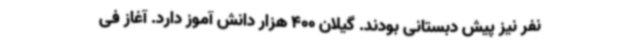
نفر نیز پیش دبستانی بودند. گیلان 400 هزار دانش آموز دارد. آغاز فی